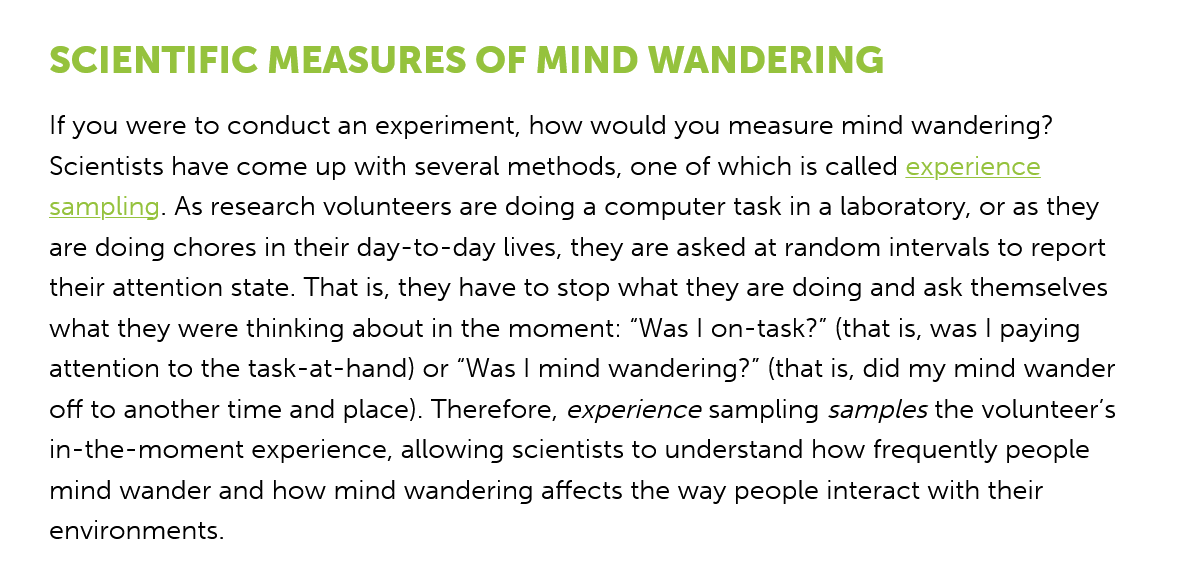
SCIENTIFIC    MEASURES    OF  MIND    WANDERING
    If you were to conduct an experiment, how would you measure mind wandering?
    Scientists have come up with several methods, one of which is called experience
    sampling. As research volunteers are doing a computer task in a laboratory, or as they
    are doing chores in their day-to-day lives, they are asked at random intervals to report
    their attention state. That is, they have to stop what they are doing and ask themselves
    what they were thinking about in the moment: “Was | on-task?” (that is, was | paying
    attention to the task-at-hand) or “Was | mind wandering?” (that is, did my mind wander
    off to another time and place). Therefore, experience sampling samples the volunteer's
    in-the-moment experience, allowing scientists to understand how frequently people
    mind wander and how mind wandering affects the way people interact with their
    environments.